65_HS1-834228961_62-HQ-83894_Serial_164
Agency: FBI
Page 112
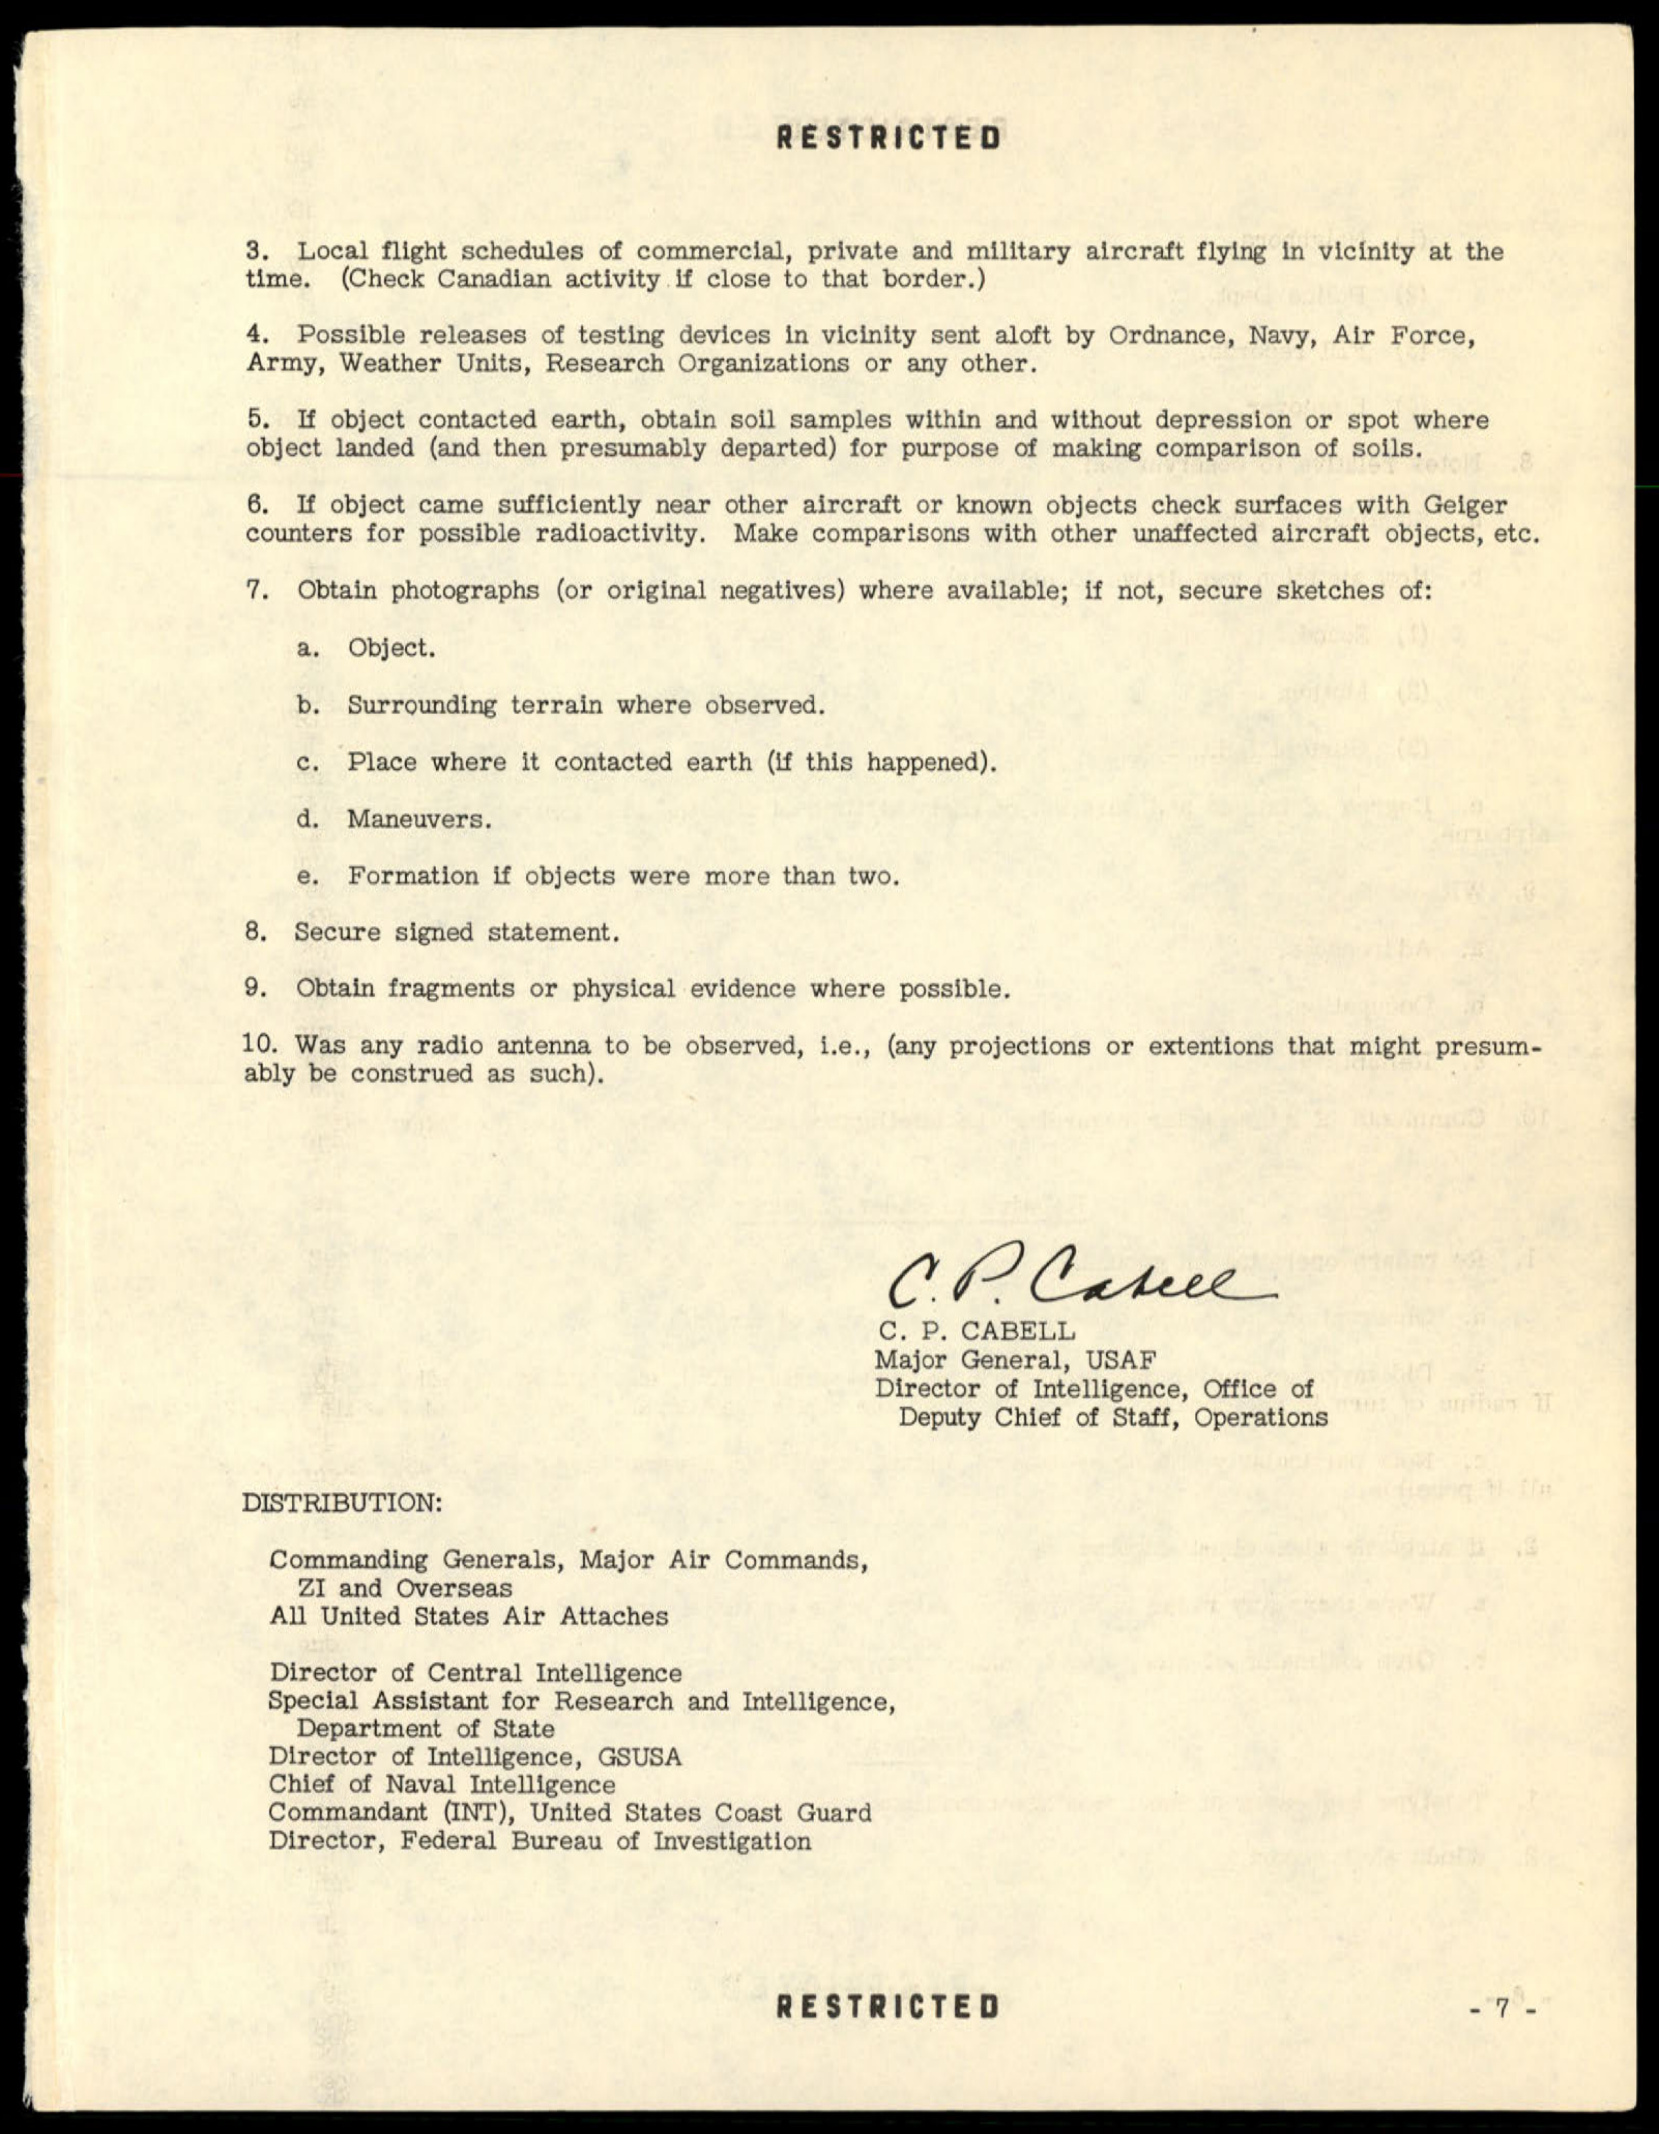